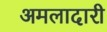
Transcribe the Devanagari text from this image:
अमलादारी